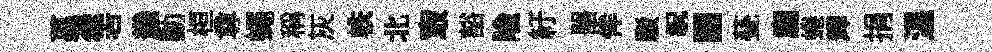
萬慿𠰥㡬動桓尊蠅稱灰帙北㝡豁隃紆噐侔駁祝·甆龐蜷輝捐溫